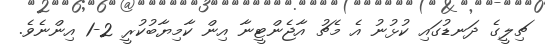
ޗިލީގެ ދަނޑުގައި ކުޅުނު އެ މެޗު އާޖެންޓީނާ އިން ކާމިޔާބުކުރީ 2-1 އިންނެވެ.